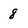
Character: 8